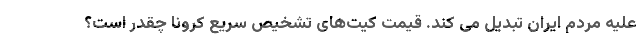
علیه مردم ایران تبدیل می کند. قیمت کیت‌های تشخیص سریع کرونا چقدر است؟